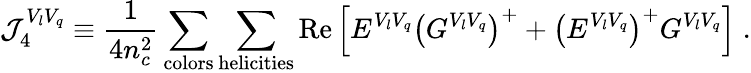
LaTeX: {\cal J}_{4}^{V_{l}V_{q}}\equiv{\frac{1}{4n_{c}^{2}}}\sum_{\mathrm{colors}}\sum_{\mathrm{helicities}}\mathrm{Re}\left[E^{V_{l}V_{q}}\left(G^{V_{l}V_{q}}\right)^{+}+\left(E^{V_{l}V_{q}}\right)^{+}G^{V_{l}V_{q}}\right]\; .